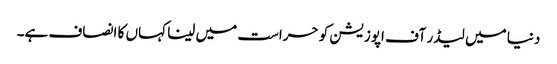
دنیا میں لیڈر آف اپوزیشن کو حراست میں لینا کہاں کا انصاف ہے۔